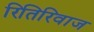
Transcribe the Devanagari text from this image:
रितिरिवाज